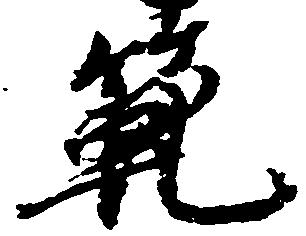
範